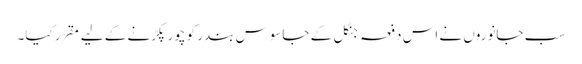
سب جانوروں نے اس دفعہ جنگل کے جاسوس بندر کو چور پکڑنے کے لیے مقرّر کیا۔